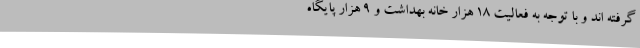
گرفته اند و با توجه به فعالیت ۱۸ هزار خانه بهداشت و ۹ هزار پایگاه